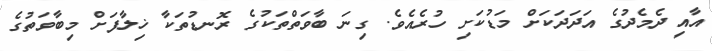
އާއި ދެމެދުގެ އަދަދަކަށް މަޑުކަށި ހުރެއެވެ. ގިނަ ބާވަތްތަކުގެ ރޮނޑުތަކާ ޚިލާފަށް މިބާވަތުގެ